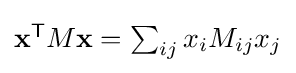
{\textstyle \mathbf {x} ^{\mathsf {T}}M\mathbf {x} =\sum _{ij}x_{i}M_{ij}x_{j}}